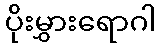
ပိုးမွှားရောဂါ